Malaria in the Punjab - Number 46
Disease focus: Malaria
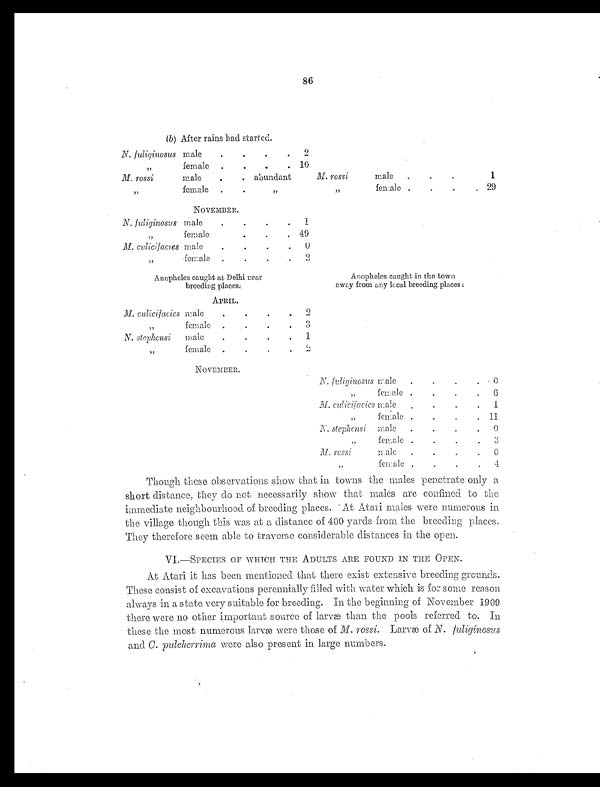
86
(b ) After rains had started.
N. fuliginosus male
.
.
.
. 2
„
female .
.
.
. 10
M. rossi
male
.
. abundant
M. rossi
male .
.
.
1
„
female .
.
„
„
female .
.
.
. 29
NOVEMBER.
N. fuliginosus male
.
.
.
. 1
„
female
.
.
. 49
M. culicifacies male
.
.
.
. 0
„
female .
.
.
. 2
Anopheles caught at Delhi near
breeding places:
Anopheles caught in the town
away from any local breeding places :
APRIL.
M. cul i ci f aci es male
.
.
.
. 2
„
female .
. .
. 3
N. stephensi male
.
.
.
. 1
„
female .
.
.
. 2
NOVEMBER.
N. fuliginosus male .
.
.
. 0
„
female .
.
.
. 6
M. culicifacies male .
.
.
. 1
„
female .
.
. . 11
N. stephensi male .
. . . 0
„
female .
.
. . 3
M. rossi
male .
.
. .
0
„
female .
. .
. 4
Though these observations show that in towns the males penetrate only a
short distance, they do not necessarily show that males are confined to the
immediate neighbourhood of breeding places. At Atari males were numerous in
the village though this was at a distance of 400 yards from the breeding places.
They therefore seem able to traverse considerable distances in the open.
VI.—SPECIES OF WHICH THE ADULTS ARE FOUND IN THE OPEN.
At Atari it has been mentioned that there exist extensive breeding grounds.
These consist of excavations perennially filled with water which is for some reason
always in a state very suitable for breeding. In the beginning of November 1909
there were no other important source of larvæ than the pools referred to. In
these the most numerous larvæ were those of M. rossi. Larvæ of N. fuliginosus
and C. pulcherrima were also present in large numbers.